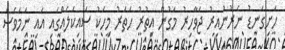
ހަށިގަނޑު ނެރުނުއިރު ޖަވާހިރު މަގުން އިތުރު ހަަތަރު މީހަކު ސައިކަލެއްގައި އައި ނަމަވެސް